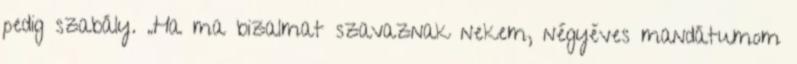
pedig szabály. „Ha ma bizalmat szavaznak nekem, négyéves mandátumom